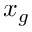
x _ { g }